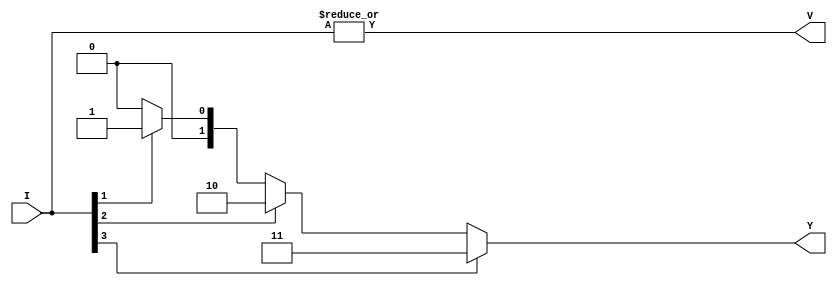
module encoder4x2 (
    input [3:0] I,
    output [1:0] Y,
    output V
);
    assign Y = (I[3] ? 2'b11 : (I[2] ? 2'b10 : (I[1] ? 2'b01 : 2'b00)));
    assign V = |I; 
endmodule